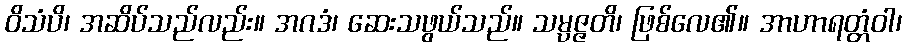
ဝိသံပိ၊ အဆိပ်သည်လည်း။ အဂဒံ၊ ဆေးသဖွယ်သည်။ သမ္ပဇ္ဇတိ၊ ဖြစ်လေ၏။ အာဟာရတ္တံဝါ၊